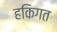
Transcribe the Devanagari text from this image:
हकिगत